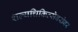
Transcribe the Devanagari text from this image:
शल्यचिकित्सेबरोबर